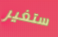
ستغير